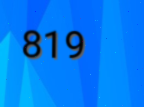
819